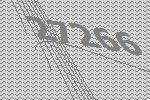
27266